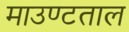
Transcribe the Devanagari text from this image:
माउण्टताल